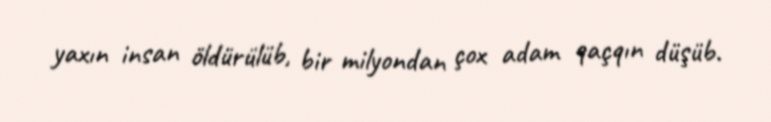
yaxın insan öldürülüb, bir milyondan çox adam qaçqın düşüb.